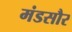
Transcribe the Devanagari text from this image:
मंडसौर